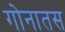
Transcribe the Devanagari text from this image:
गोनातस